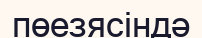
пөезясіндә